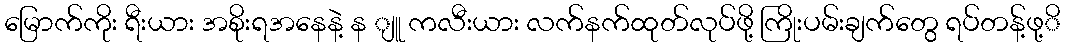
မြောက်ကိုး ရီးယား အစိုးရအနေနဲ့ န ျူ ကလီးယား လက်နက်ထုတ်လုပ်ဖို့ ကြိုးပမ်းချက်တွေ ရပ်တန့်ဖု့ိ